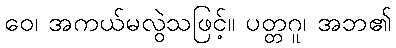
ဝေ၊ အကယ်မလွဲသဖြင့်။ ပတ္တဂူ၊ အဘ၏